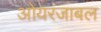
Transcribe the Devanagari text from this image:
ओयरजाबल